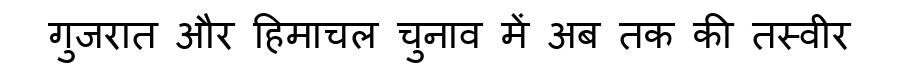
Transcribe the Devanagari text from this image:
गुजरात और हिमाचल चुनाव में अब तक की तस्वीर